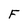
Character: F